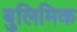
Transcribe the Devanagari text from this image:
बुलिमिक